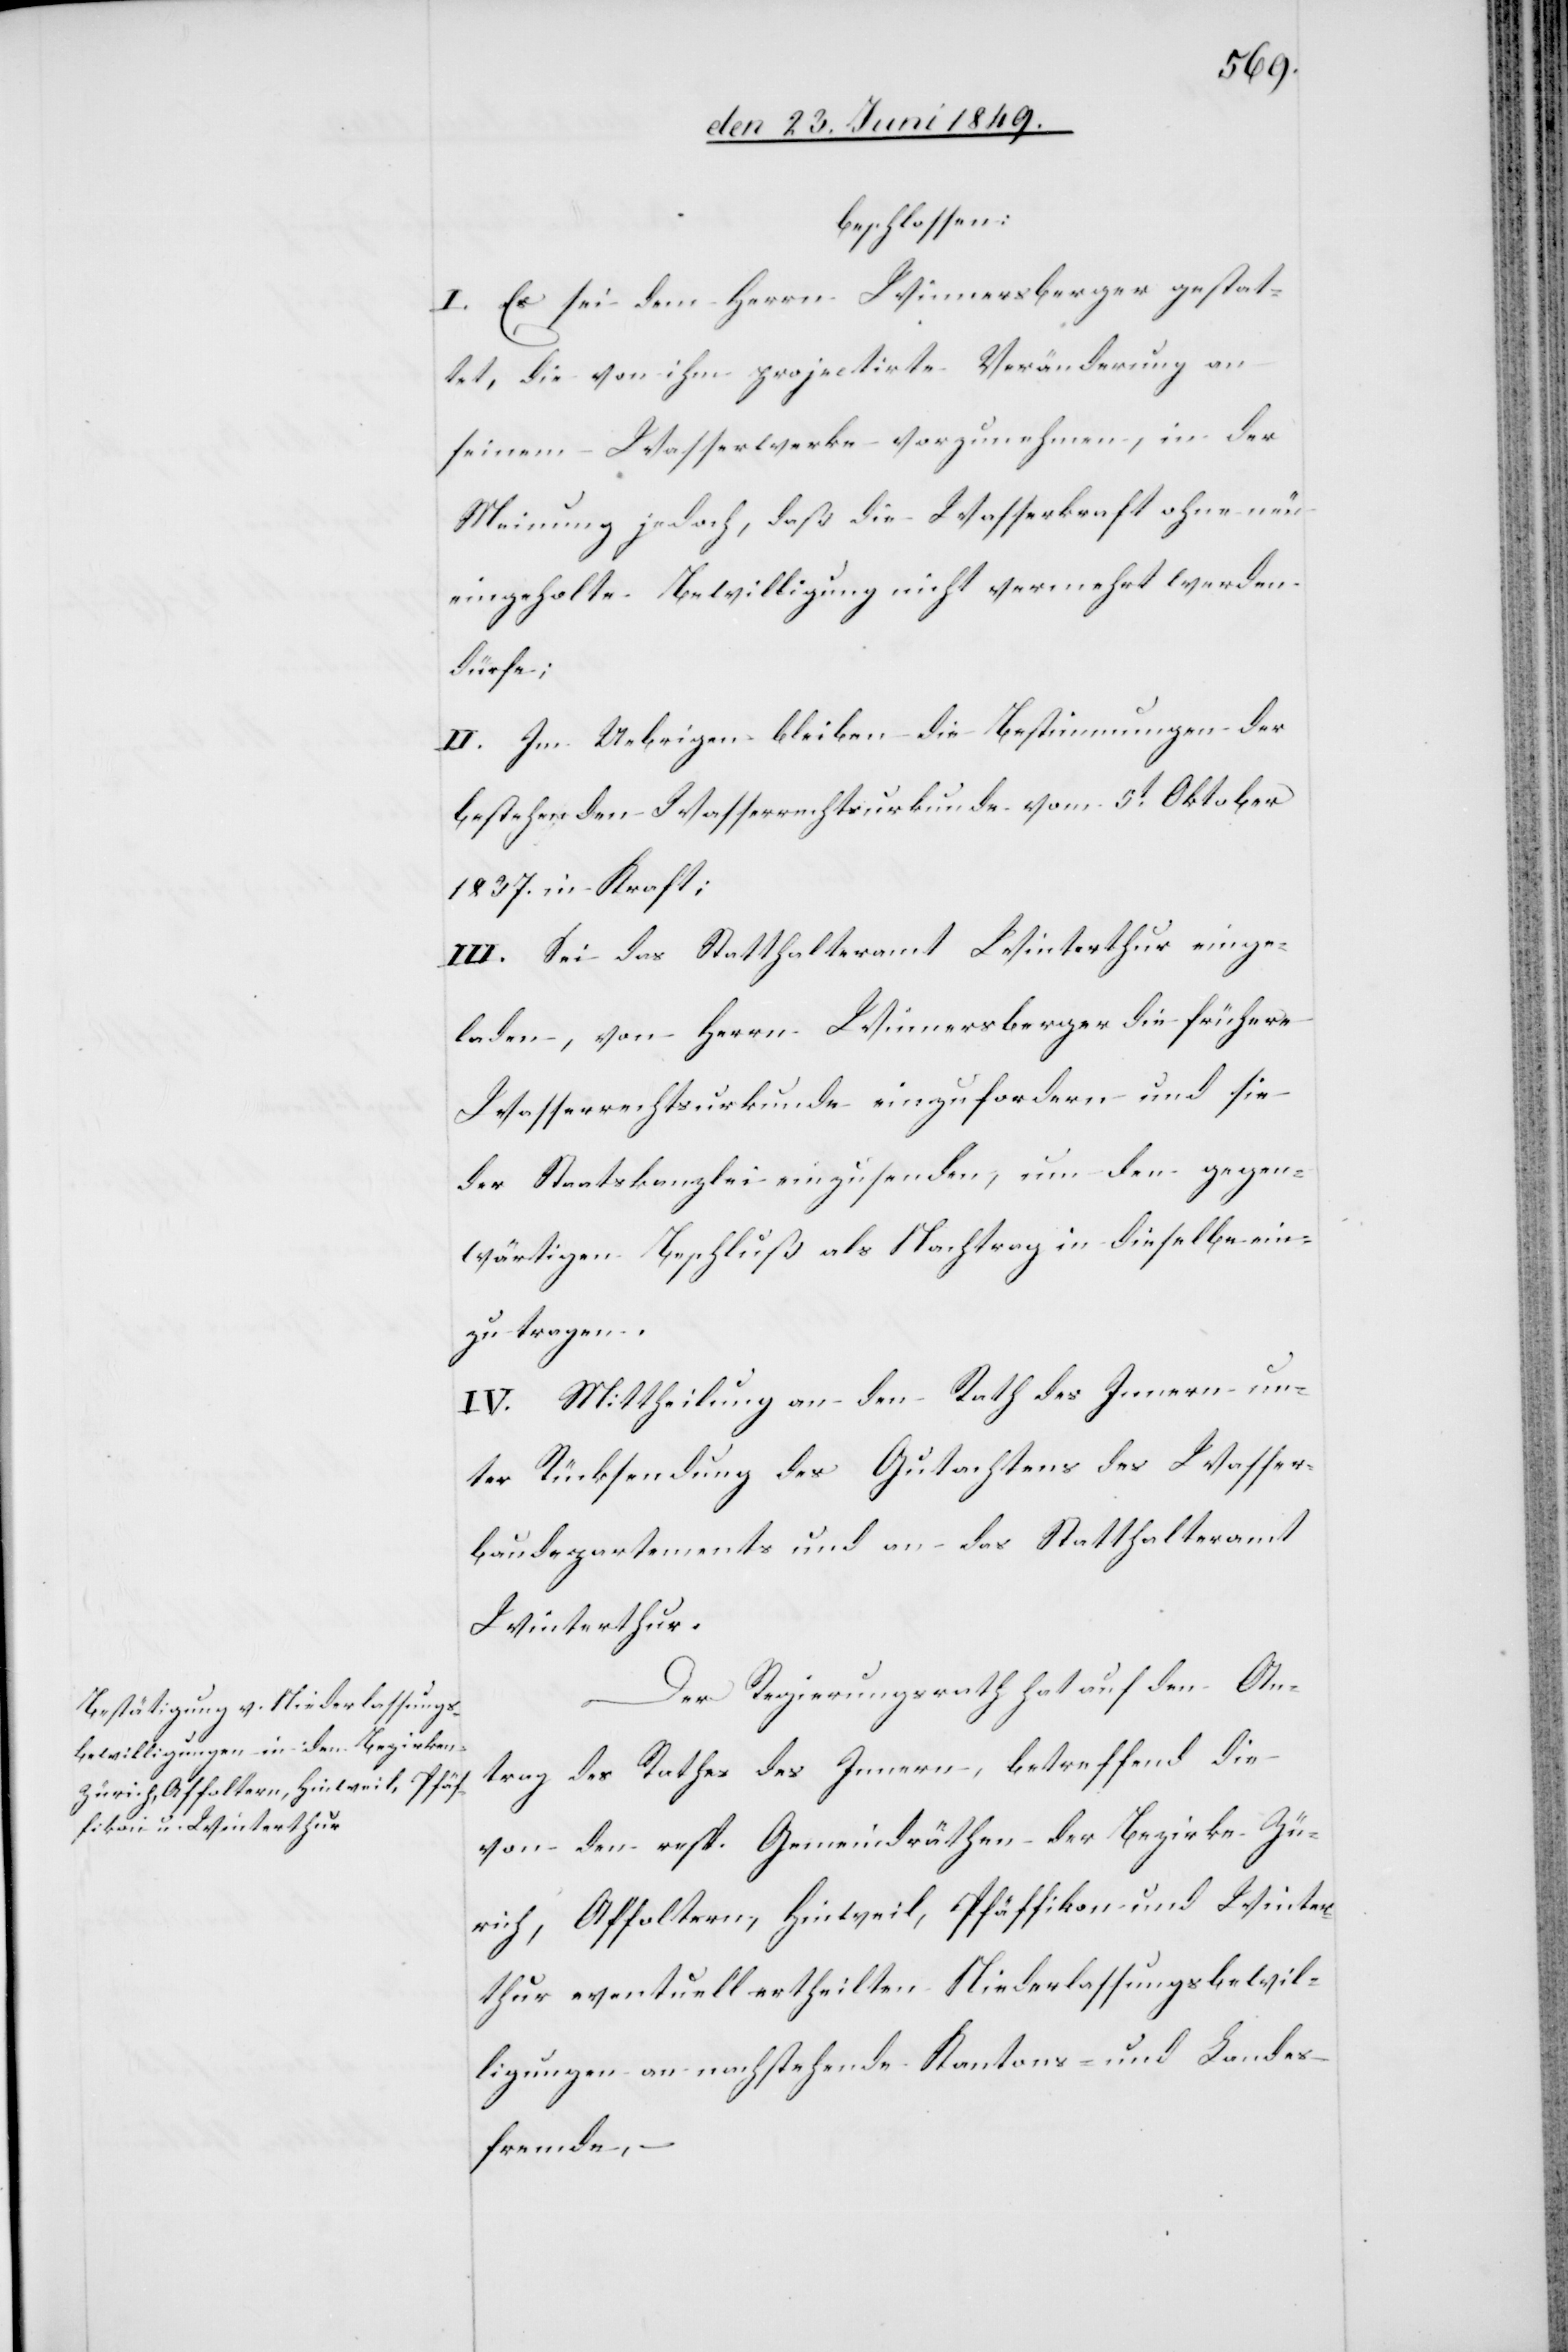
beschlossen:
I. Es sei dem Herrn Winnersberger [sic!] gestat¬
tet, die von ihm projectirte Veränderung an
seinem Wasserwerke vorzunehmen, in der
Meinung jedoch, daß die Wasserkraft ohne neu
eingeholte Bewilligung nicht vermehrt werden
dürfe;
II. Im Uebrigen bleiben die Bestimmungen der
bestehenden Wasserrechtsurkunde vom 5t Oktober
1837. in Kraft;
III. Sei das Statthalteramt Winterthur einge¬
laden, von Herrn Winnersberger die frühere
Wasserrechtsurkunde einzufordern und sei
der Staatskanzlei einzusenden, um den gegen¬
wärtigen Beschluß als Nachtrag in dieselbe ein¬
zutragen.
IV. Mittheilung an den Rath des Innern un¬
ter Rücksendung des Gutachtens des Wasser¬
baudepartements und an das Statthalteramt
Winterthur.
Der Regierungsrath hat auf den An¬
trag des Rathes des Innern, betreffend die
von den resp. Gemeindräthen der Bezirke Zü¬
rich, Affoltern, Hinweil, Pfäffikon und Winter¬
thur eventuell ertheilten Niederlassungsbewil¬
ligungen an nachstehende Kantons- und Landes¬
fremde, –